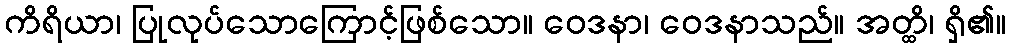
ကိရိယာ၊ ပြုလုပ်သောကြောင့်ဖြစ်သော။ ဝေဒနာ၊ ဝေဒနာသည်။ အတ္ထိ၊ ရှိ၏။